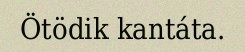
Ötödik kantáta.